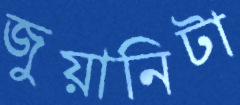
জুয়ানিটা